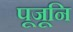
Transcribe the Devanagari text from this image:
पूजूनि